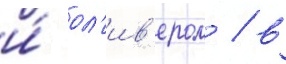
и́ ол'ив'ером / в